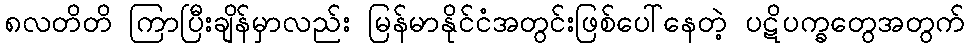
၈လတိတိ ကြာပြီးချိန်မှာလည်း မြန်မာနိုင်ငံအတွင်းဖြစ်ပေါ်နေတဲ့ ပဋိပက္ခတွေအတွက်